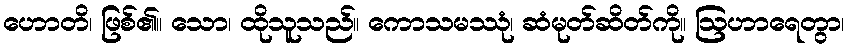
ဟောတိ၊ ဖြစ်၏။ သော၊ ထိုသူသည်။ ကောသမဿုံ၊ ဆံမုတ်ဆိတ်ကို။ ဩဟာရေတွာ၊